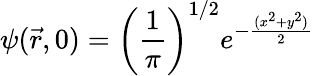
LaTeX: \psi(\vec{r},0)=\left(\frac{1}{\pi}\right)^{1/2}e^{-\frac{(x^{2}+y^{2})}{2}}